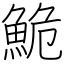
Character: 鮠